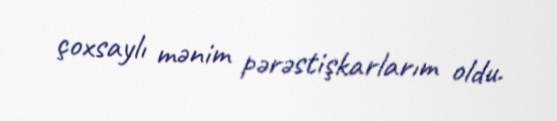
çoxsaylı mənim pərəstişkarlarım oldu.